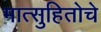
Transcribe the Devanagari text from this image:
मात्सुहितोचे